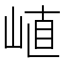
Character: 𡸜